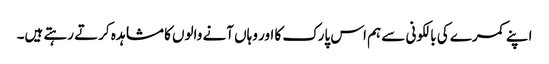
اپنے کمرے کی بالکونی سے ہم اس پارک کا اور وہاں آنے والوں کا مشاہدہ کرتے رہتے ہیں۔